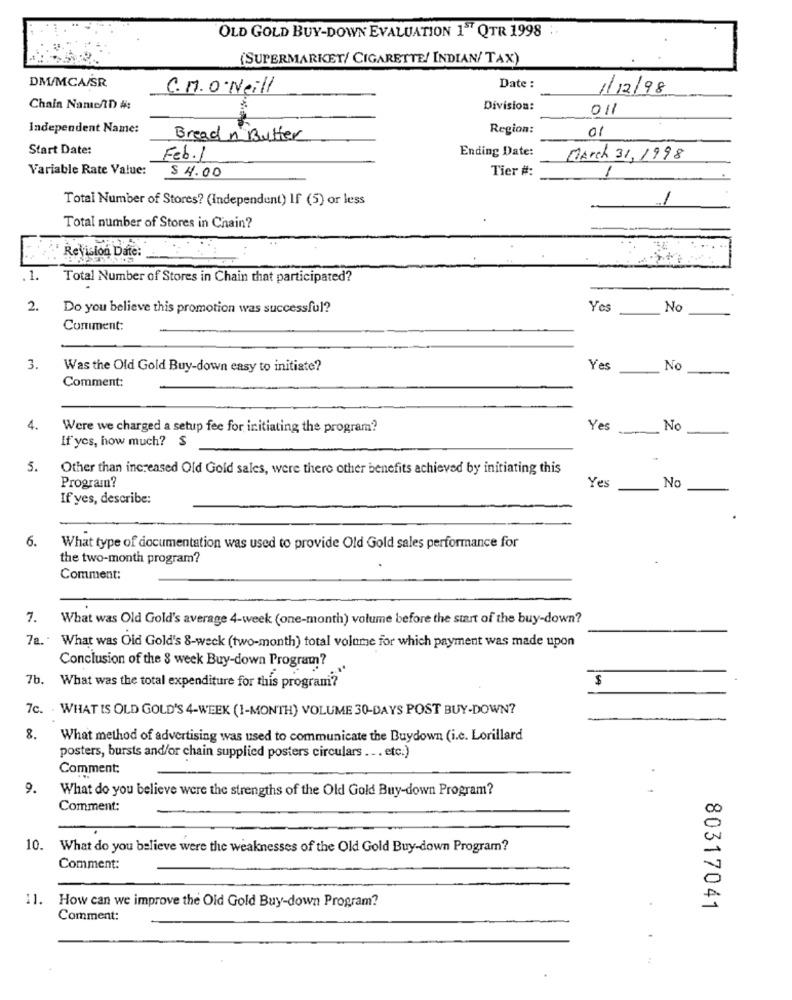
OLD GOLD BUY-DOWN EVALUATION 1" QTR 1998 :
(SUPERMARKET/ CIGARETTE/ INDIAN/ TAX)
DM/MCA/SR
C. M. O.Neill
Date :
1/12/98
Chain NamenD A:
Division:
011
Independent Name:
Region:
Bread & Butter
01
Start Date:
Feb.1
Ending Date:
March 31. 1998
Variable Rate Value:
$4.00
Tier #:
1
Total Number of Stores? (Independent) If (5) or less
1
Total number of Stores in Chain?
Revision Date:
1.
Total Number of Stores in Chain that participated?
2.
Do you believe this promotion was successful?
Yes
No
Comment:
3.
Was the Old Gold Buy-down easy to initiate?
Yes
No
Comment:
4.
Were we charged a setup fee for initiating the program?
Yes
---
No
If yes, how much? $
5.
Other than increased Old Gold sales, were there other benefits achieved by initiating this
Program?
Yes
No
If yes, describe:
6.
What type of documentation was used to provide Old Gold sales performance for
the two-month program?
Comment:
7.
What was Old Gold's average 4-week (one-month) volume before the start of the buy-down?
7a. What was Old Gold's 8-week (two-month) total volume for which payment was made upon
Conclusion of the § week Buy-down Program?
7b. What was the total expenditure for this program'?
7c. WHAT IS OLD GOLD'S 4-WEEK (1-MONTH) VOLUME 30-DAYS POST BUY-DOWN?
8.
What method of advertising was used to communicate the Buydown (i.c. Lorillard
posters, bursts and/or chain supplied posters circulars ... etc.)
Comment:
9.
What do you believe were the strengths of the Old Gold Buy-down Program?
Comment:
10.
What do you believe were the weaknesses of the Old Gold Buy-down Program?
Comment:
11.
How can we improve the Old Gold Buy-down Program?
80317041
Comment: